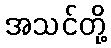
အသင်တို့